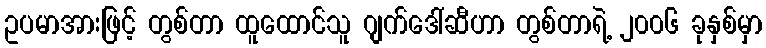
ဥပမာအားဖြင့် တွစ်တာ ထူထောင်သူ ဂျက်ဒေါ်ဆီဟာ တွစ်တာရဲ့ ၂၀၀၆ ခုနှစ်မှာ